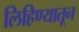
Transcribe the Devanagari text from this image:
लिहिण्यातून